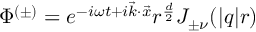
\Phi ^ { ( \pm ) } = e ^ { - i \omega t + i \vec { k } \cdot \vec { x } } r ^ { \frac { d } { 2 } } J _ { \pm \nu } ( | q | r )